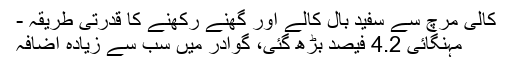
کالی مرچ سے سفید بال کالے اور گھنے رکھنے کا قدرتی طریقہ -
مہنگائی 4.2 فیصد بڑھ گئی، گوادر میں سب سے زیادہ اضافہ